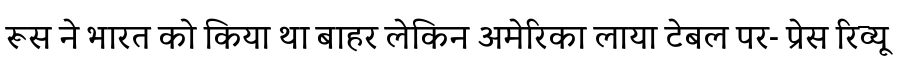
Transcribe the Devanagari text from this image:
रूस ने भारत को किया था बाहर लेकिन अमेरिका लाया टेबल पर- प्रेस रिव्यू